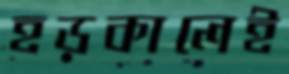
হড়কালেই